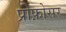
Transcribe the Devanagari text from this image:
प्रोफ़ोसर